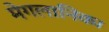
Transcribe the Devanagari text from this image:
मेगलानिक।